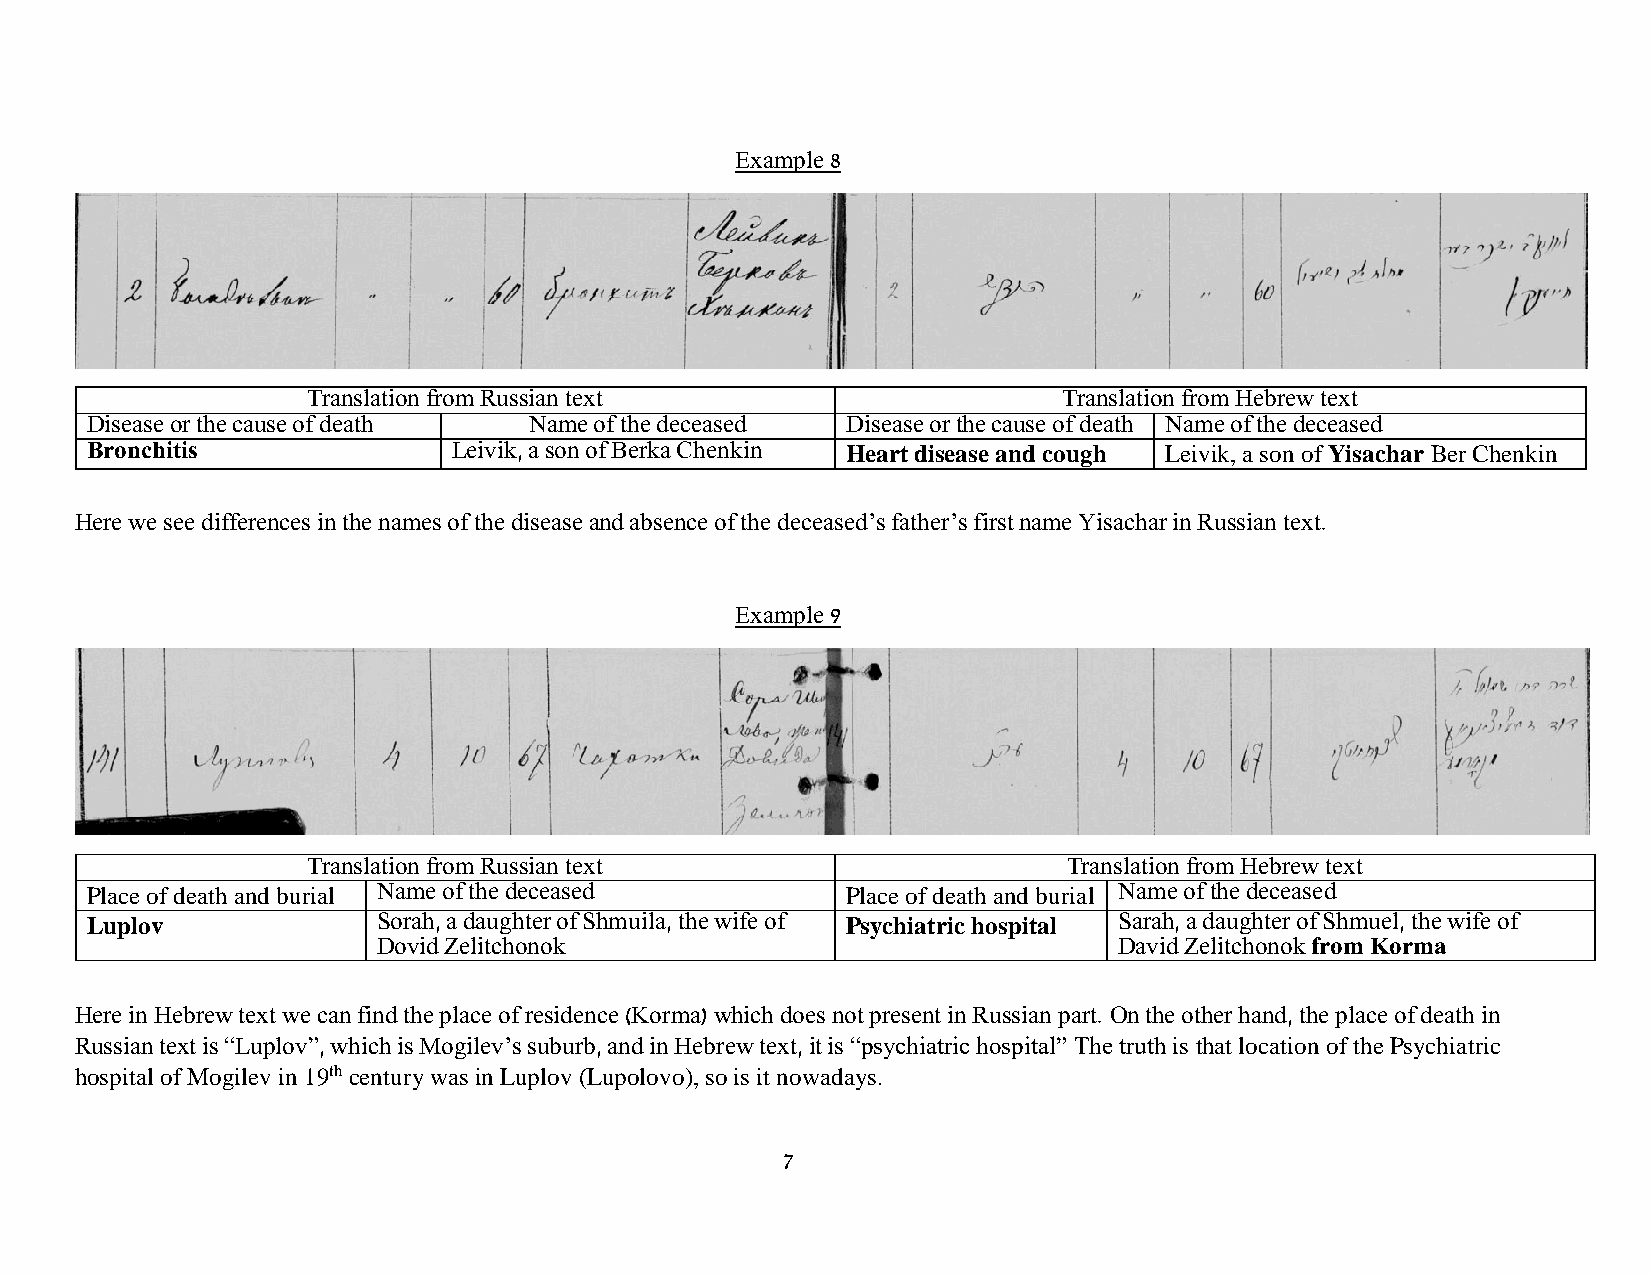
Example 8
 Translation from Russian text                     Translation from Hebrew text
 Disease or the cause of death Name of the deceased Disease or the cause of death Name of the deceased
 Bronchitis              Leivik, a son of Berka Chenkin Heart disease and cough Leivik, a son of Yisachar Ber Chenkin
 Here we see differences in the names of the disease and absence of the deceased’s father’s first name Yisachar in Russian text.
 Example 9
 Translation from Russian text                      Translation from Hebrew text
 Place of death and burial Name of the deceased    Place of death and burial Name of the deceased
 Luplov             Sorah, a daughter of Shmuila, the wife of Psychiatric hospital Sarah, a daughter of Shmuel, the wife of
 Dovid Zelitchonok                                David Zelitchonok from Korma
 Here in Hebrew text we can find the place of residence (Korma) which does not present in Russian part. On the other hand, the place of death in
 Russian text is “Luplov”, which is Mogilev’s suburb, and in Hebrew text, it is “psychiatric hospital” The truth is that location of the Psychiatric
 hospital of Mogilev in 19th century was in Luplov (Lupolovo), so is it nowadays.
 7